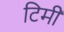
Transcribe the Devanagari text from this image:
टिमी